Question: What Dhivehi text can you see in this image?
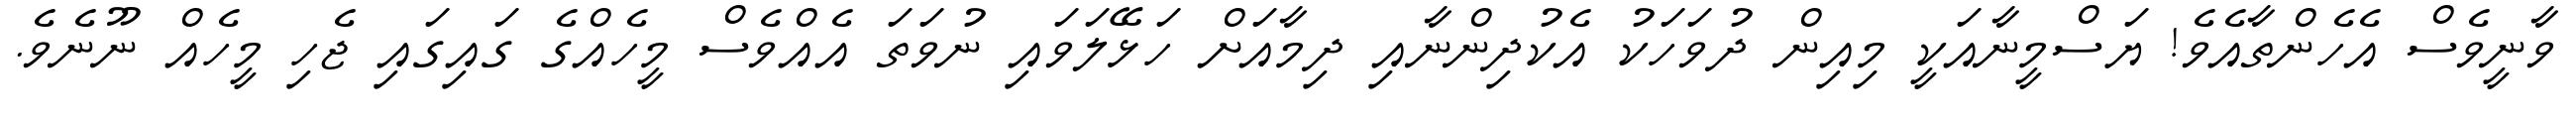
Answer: ވާނީވެސް އެހެންތާއެވެ! ޔަސްމީނާއަކީ މިއިން ދުވަހަކު އެކުދިންނާއި ދިމާއަށް ހަޅޭލަވައި ނުވަތަ އެއްވެސް މީހެއްގެ ގައިގައި ޖެހި މީހެއް ނޫނެވެ.